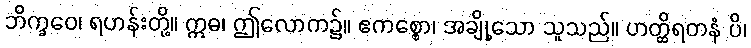
ဘိက္ခဝေ၊ ရဟန်းတို့။ ဣဓ၊ ဤလောက၌။ ဧကစ္စော၊ အချို့သော သူသည်။ ဟတ္ထိရတနံ ပိ၊